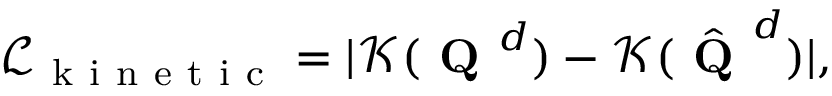
\mathcal { L } _ { \mathrm { ~ k ~ i ~ n ~ e ~ t ~ i ~ c ~ } } = | \mathcal { K } ( \textbf { Q } ^ { d } ) - \mathcal { K } ( \hat { \textbf { Q } } ^ { d } ) | ,